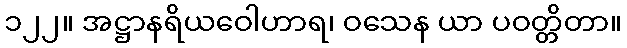
၁၂၂။ အဋ္ဌာနရိယဝေါဟာရ၊ ဝသေန ယာ ပဝတ္တိတာ။